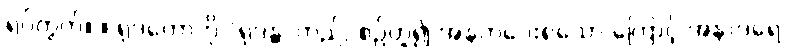
ရုပ်တွက်။ ။ ရုဒတောကို “ရုဒန္တ”တည်, စဉ်ဟူ၍ အနက်ပေးရသော ကြောင့် အနာဒရေ